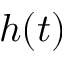
h ( t )